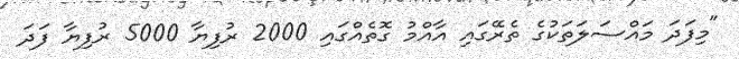
"މިފަދަ މައްސަލަތަކުގެ ތެރޭގައި އާއްމު ގޮތެއްގައި 2000 ރުފިޔާ 5000 ރުފިޔާ ފަދަ